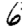
Digit: 6